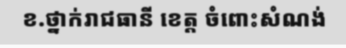
ខ.ថ្នាក់រាជធានី ខេត្ត ចំពោះសំណង់